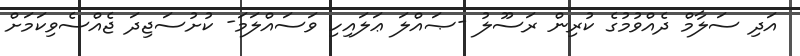
އަދި ސަލާމް ދެއްވުމުގެ ކުރިން ރަސޫލު -ޞައްލަ ޢަލައިހި ވަސައްލަމަ- ކުށުސަޖިދަ ޖެއްސެވިކަމަށް